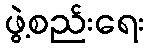
ဖွဲ့စည်းရေး